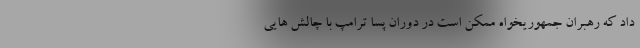
داد که رهبران جمهوریخواه ممکن است در دوران پسا ترامپ با چالش هایی